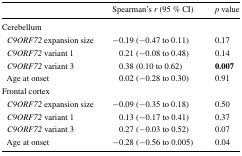
<table><thead><tr><td></td><td><b>Spearman’s <i>r</i> (95 % CI)</b></td><td><b><i>p</i> value</b></td></tr></thead><tbody><tr><td colspan="3">Cerebellum</td></tr><tr><td> <i>C9ORF72</i> expansion size</td><td>−0.19 (−0.47 to 0.11)</td><td>0.17</td></tr><tr><td> <i>C9ORF72</i> variant 1</td><td>0.21 (−0.08 to 0.48)</td><td>0.14</td></tr><tr><td> <i>C9ORF72</i> variant 3</td><td>0.38 (0.10 to 0.62)</td><td><b>0.007</b></td></tr><tr><td> Age at onset</td><td>0.02 (−0.28 to 0.30)</td><td>0.91</td></tr><tr><td colspan="3">Frontal cortex</td></tr><tr><td> <i>C9ORF72</i> expansion size</td><td>−0.09 (−0.35 to 0.18)</td><td>0.50</td></tr><tr><td> <i>C9ORF72</i> variant 1</td><td>0.13 (−0.17 to 0.41)</td><td>0.37</td></tr><tr><td> <i>C9ORF72</i> variant 3</td><td>0.27 (−0.03 to 0.52)</td><td>0.07</td></tr><tr><td> Age at onset</td><td>−0.28 (−0.56 to 0.005)</td><td>0.04</td></tr></tbody></table>